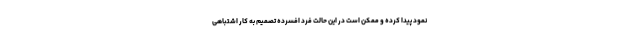
نمود پیدا کرده و ممکن است در این حالت فرد افسرده تصمیم به کار اشتباهی